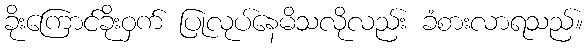
ခိုးကြောင်ခိုးဝှက် ပြုလုပ်နေမိသလိုလည်း ခံစားလာရသည်။